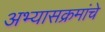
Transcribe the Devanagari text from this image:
अभ्‍यासक्रमांचे